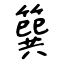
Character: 簨